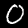
Digit: 0